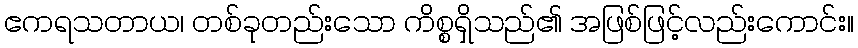
ဧကရသတာယ၊ တစ်ခုတည်းသော ကိစ္စရှိသည်၏ အဖြစ်ဖြင့်လည်းကောင်း။